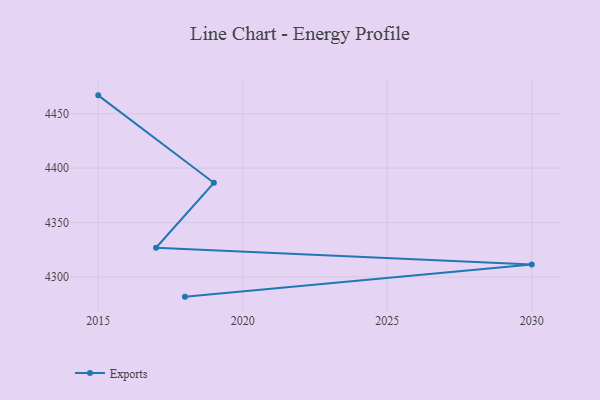
{"axis": {"x": "Year", "y": "Market Share (%)"}, "legend": ["Exports"], "data": [{"x": "2018", "y": 4282.0, "type": "Exports"}, {"x": "2030", "y": 4311.6, "type": "Exports"}, {"x": "2017", "y": 4326.9, "type": "Exports"}, {"x": "2019", "y": 4386.5, "type": "Exports"}, {"x": "2015", "y": 4466.8, "type": "Exports"}]}